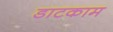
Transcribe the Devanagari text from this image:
डाटकाम